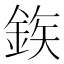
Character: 𮡽